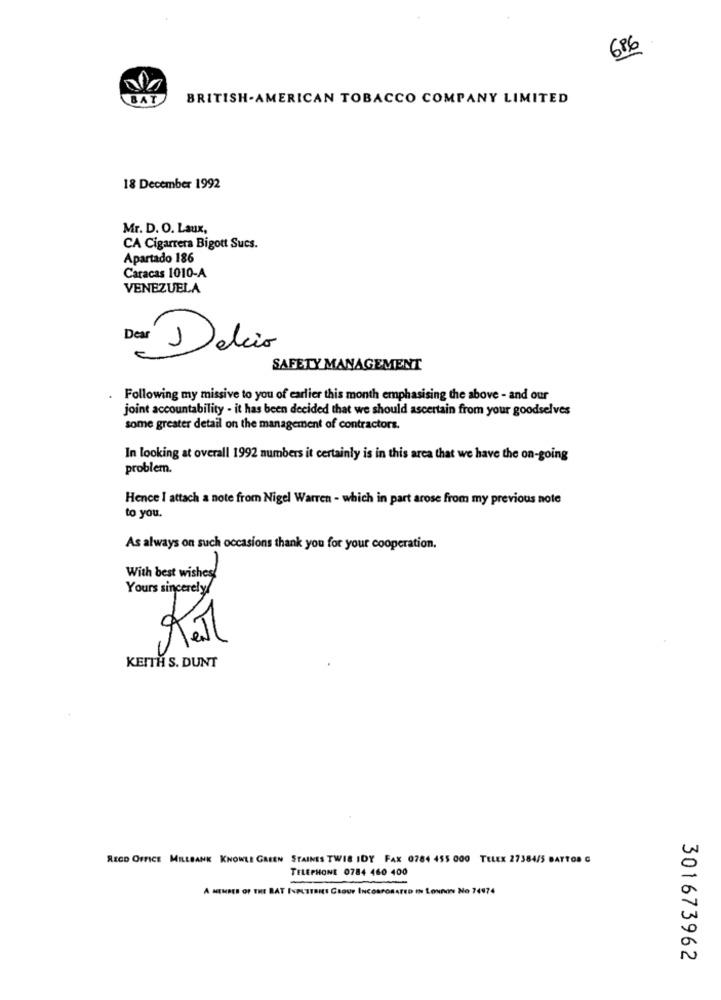
686
BAT
BRITISH-AMERICAN TOBACCO COMPANY LIMITED
18 December 1992
Mr. D. O. Laux,
CA Cigarrera Bigott Sucs.
Apartado 186
Caracas 1010-A
VENEZUELA
De Delis
SAFETY MANAGEMENT
Following my missive to you of earlier this month emphasising the above - and our
joint accountability - it has been decided that we should ascertain from your goodselves
some greater detail on the management of contractors.
In looking at overall 1992 numbers it certainly is in this area that we have the on-going
problem.
Hence I attach a note from Nigel Warren - which in part arose from my previous note
to you.
As always on such occasions thank you for your cooperation.
With best wishes
Yours sincerely/
KEITH S. DUNT
RECO OFFICE MILLBANK KNOWLE GREEN STAINES TWIS IDY FAX 0784 455 000 TELEX 27384/5 BATTOR G
TELEPHONE 0784 460 400
A MEMBER OF THE BAT INPESTRIES Cour INCORPORATED IN LONDON No 74974
301673962